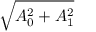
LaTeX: \sqrt { A _ { 0 } ^ { 2 } + A _ { 1 } ^ { 2 } }